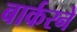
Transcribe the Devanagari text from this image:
बार्करने